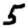
Digit: 5